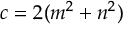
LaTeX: c = 2 ( m ^ { 2 } + n ^ { 2 } )